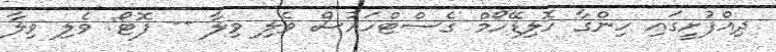
ދިއްފުށީގައި ހިންގާ ހޮލިޑޭހޯމް ގެސްޓްހައުސް ވެލި ވިލާ -- ފޮޓޯ: ވެލި ވިލާ